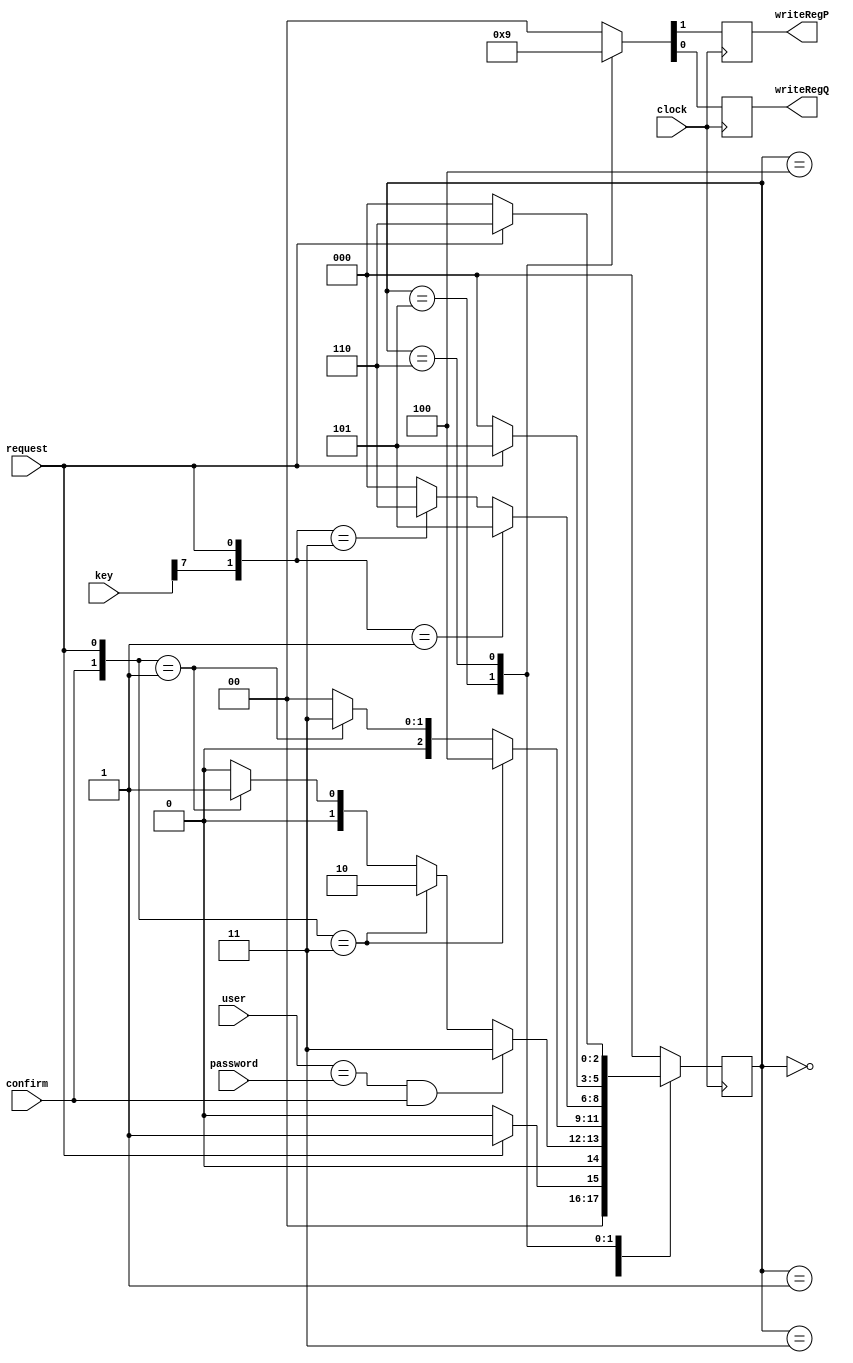
`timescale 1ns / 1ps
`default_nettype none

/*
**********************************************************
** Logic Design Final Project Fall, 2019 Semester
** Amirkabir University of Technology (Tehran Polytechnic)
** Department of Computer Engineering (CEIT-AUT)
** Logic Circuit Design Laboratory
** https://ceit.aut.ac.ir
**********************************************************
** Student ID: XXXXXXX
** Student ID: XXXXXXX
**********************************************************
** Module Name: InformationController
**********************************************************
** Additional Comments:
*/

module InformationController(
        clock,
        request,key,
	 	confirm,
	 	password,
	 	user,
	 	writeRegP,
	 	writeRegQ);

input user;
input clock;
input request;
input confirm;
input [7:0] password;
input [7:0] key;

output writeRegP;
output writeRegQ;
	
	
	parameter S0 = 3'b000, S1 = 3'b001, S2 = 3'b010, S3 = 3'b011, S4 = 3'b100, S5 = 3'b101, S6 = 3'b110;
	parameter pass = 4'b1111;
	reg [2:0]  nextstate;
	reg writeRegP;
	reg writeRegQ;
	
		
	always @(posedge clock)
		case (nextstate)
			S0: if (request) nextstate = S1;
				else nextstate = S0;
			S1: begin 
			if (user == password && confirm) nextstate = S3; 
				else if({confirm, request} == 2'b11 ) nextstate = S2;
				else if({confirm, request} == 2'b01 ) nextstate = S1;
				else nextstate = S0;
				end
			S3: begin
			if ({confirm, request} == 2'b11 ) nextstate = S4;
			else if({confirm, request} == 2'b01 ) nextstate = S3;
			else nextstate = S0;
			end
			S4 : begin if ({key[7], request} == 2'b01 ) nextstate = S5;
				else if({key[7], request} == 2'b11 )nextstate = S6;
				else nextstate = S0;
				end
			S5 : if(request == 0)nextstate = S0;
			else nextstate = S5;
			S6 : if(request == 0)nextstate = S0;
			else nextstate = S6;
			default: nextstate = S0; 
			endcase
			
			
always @(posedge clock)
		case(nextstate)
			S0: {writeRegP, writeRegQ} = 2'b00; 
			S5: {writeRegP, writeRegQ} = 2'b10;  
			S6: {writeRegP, writeRegQ} = 2'b01;
			default: {writeRegP, writeRegQ} = 2'b00; 
			endcase
	// write your code here, please.
	
endmodule